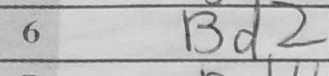
Transcription: Bd2